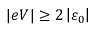
\vert e V \vert \geq 2 \left\vert \varepsilon _ { 0 } \right\vert